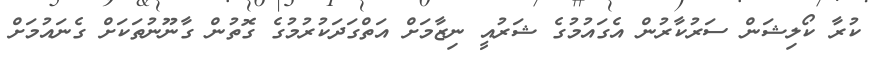
ކުރާ ކޯލިޝަން ސަރުކާރުން އެގައުމުގެ ޝަރުއީ ނިޒާމަށް އަތްގަދަކުރުމުގެ ގޮތުން ގާނޫނުތަކަށް ގެނައުމަށް